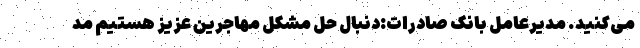
می‌کنید. مدیرعامل بانک صادرات:دنبال حل مشکل مهاجرین عزیز هستیم مد